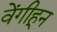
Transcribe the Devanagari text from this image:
वेंगीहून